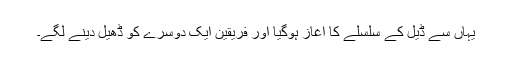
یہاں سے ڈیل کے سلسلے کا آغاز ہوگیا اور فریقین ایک دوسرے کو ڈھیل دینے لگے۔